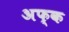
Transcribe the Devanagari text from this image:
अफ्क